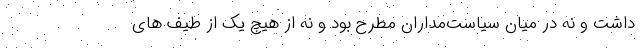
داشت و نه در میان سیاست‌مداران مطرح بود و نه از هیچ یک از طیف های